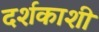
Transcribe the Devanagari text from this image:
दर्शकाशी